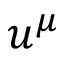
u ^ { \mu }